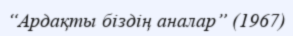
“Ардақты біздің аналар” (1967)